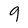
Character: 9